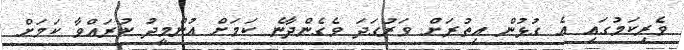
ވެރިކަމުގައި އެ ގުޅުން އިތުރަށް ވަރުގަދަ ވެގެންދާނެ ކަމަށް އުންމީދު ކުރައްވާ ކަމަށް